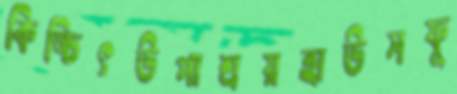
কিঙ্চিৎউপাশ্রয়হাউসফু